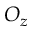
O _ { z }